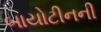
બાયોટીનની